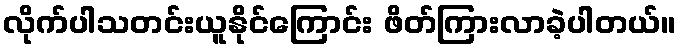
လိုက်ပါသတင်းယူနိုင်ကြောင်း ဖိတ်ကြားလာခဲ့ပါတယ်။